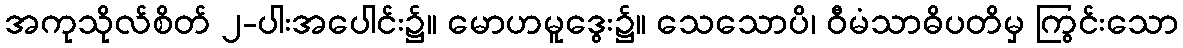
အကုသိုလ်စိတ် ၂-ပါးအပေါင်း၌။ မောဟမူဒွေး၌။ သေသောပိ၊ ဝီမံသာဓိပတိမှ ကြွင်းသော